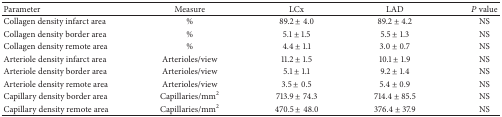
<table><thead><tr><td><b>Parameter</b></td><td><b>Measure</b></td><td><b>LCx</b></td><td><b>LAD</b></td><td><b><i>P</i> value</b></td></tr></thead><tbody><tr><td>Collagen density infarct area</td><td>%</td><td>89.2 ± 4.0</td><td>89.2 ± 4.2</td><td>NS</td></tr><tr><td>Collagen density border area</td><td>%</td><td>5.1 ± 1.5</td><td>5.5 ± 1.3</td><td>NS</td></tr><tr><td>Collagen density remote area</td><td>%</td><td>4.4 ± 1.1</td><td>3.0 ± 0.7</td><td>NS</td></tr><tr><td>Arteriole density infarct area</td><td>Arterioles/view</td><td>11.2 ± 1.5</td><td>10.1 ± 1.9</td><td>NS</td></tr><tr><td>Arteriole density border area</td><td>Arterioles/view</td><td>5.1 ± 1.1</td><td>9.2 ± 1.4</td><td>NS</td></tr><tr><td>Arteriole density remote area</td><td>Arterioles/view</td><td>3.5 ± 0.5</td><td>5.4 ± 0.9</td><td>NS</td></tr><tr><td>Capillary density border area</td><td>Capillaries/mm2</td><td>713.9 ± 74.3 </td><td>714.4 ± 85.5</td><td>NS</td></tr><tr><td>Capillary density remote area</td><td>Capillaries/mm2</td><td>470.5 ± 48.0</td><td>376.4 ± 37.9</td><td>NS</td></tr></tbody></table>